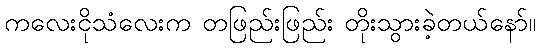
ကလေးငိုသံလေးက တဖြည်းဖြည်း တိုးသွားခဲ့တယ်နော်။